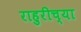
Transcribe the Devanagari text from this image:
राहुरीच्या